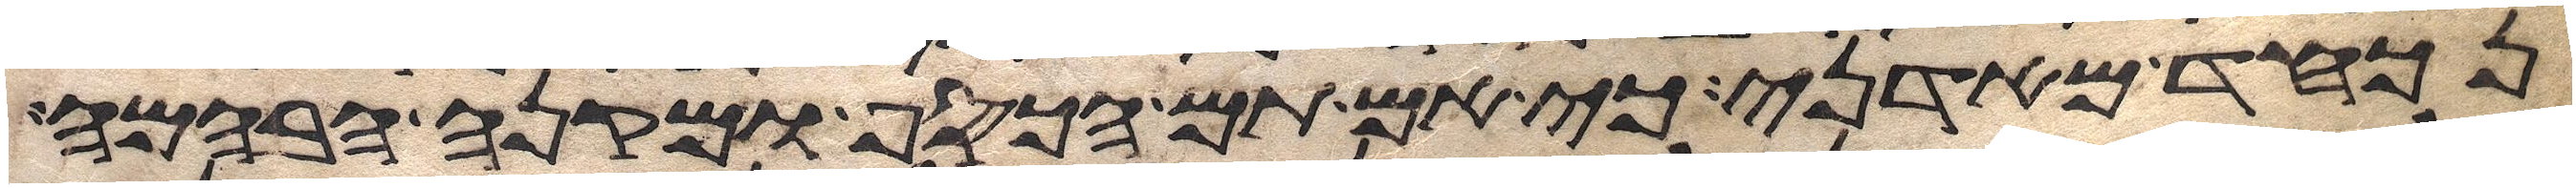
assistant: נכחד מאדני כי אם תם הכסף ומקנה הבהמה